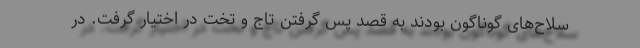
سلاح‌های گوناگون بودند به قصد پس گرفتن تاج و تخت در اختیار گرفت. در